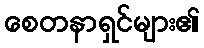
စေတနာရှင်များ၏